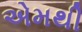
એમથી